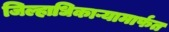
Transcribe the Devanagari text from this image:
जिल्हाधिकाऱ्यामार्फत